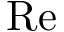
\mathrm { R e }